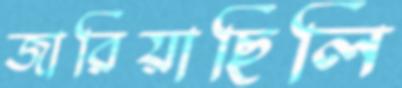
জারিয়াছিলি